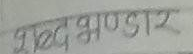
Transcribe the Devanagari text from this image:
शब्द भण्डार